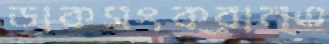
ডাকসংক্রান্ত